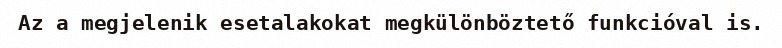
Az a megjelenik esetalakokat megkülönböztető funkcióval is.